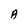
Character: A